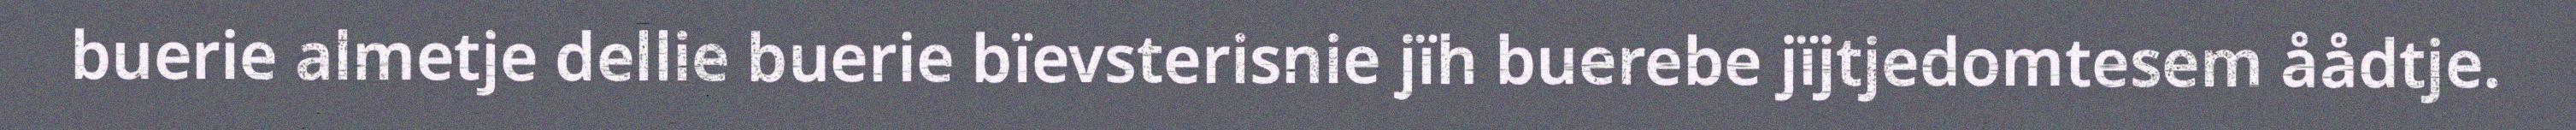
buerie almetje dellie buerie bïevsterisnie jïh buerebe jïjtjedomtesem åådtje.